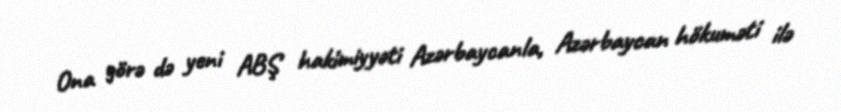
Ona görə də yeni ABŞ hakimiyyəti Azərbaycanla, Azərbaycan hökuməti ilə